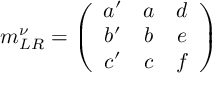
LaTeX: m _ { L R } ^ { \nu } = \left( \begin{array} { c c c } { { a ^ { \prime } } } & { { a } } & { { d } } \\ { { b ^ { \prime } } } & { { b } } & { { e } } \\ { { c ^ { \prime } } } & { { c } } & { { f } } \end{array} \right)